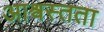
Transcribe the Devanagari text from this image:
आश्वस्तता